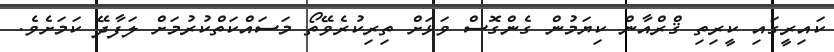
ކައިރީގައި ކީރިތި ޤްރްއާން ކިޔަމުން ގެންގޮސް ވަޅަށް ތިރިކުރެވޭތޯ މަސައްކަތްކުރުމަށް ލަފާދޭ ކަމަށެވެ.